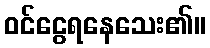
ဝင်ငွေရနေသေး၏။